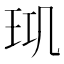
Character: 𤤲